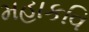
મહાકવિ